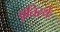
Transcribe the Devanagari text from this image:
वृतिरर्थः